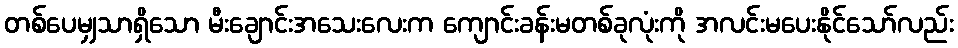
တစ်ပေမျှသာရှိသော မီးချောင်းအသေးလေးက ကျောင်းခန်းမတစ်ခုလုံးကို အလင်းမပေးနိုင်သော်လည်း